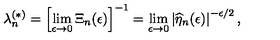
\lambda _ { n } ^ { ( \ast ) } = \left[ \lim _ { \epsilon \rightarrow 0 } \Xi _ { n } ( \epsilon ) \right] ^ { - 1 } = \lim _ { \epsilon \rightarrow 0 } \left| \widehat { \eta } _ { n } ( \epsilon ) \right| ^ { - \epsilon / 2 } ,